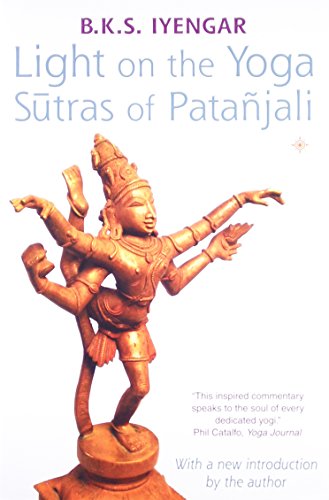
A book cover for Light on the Yoga Sutras of Patanjali; B. K. S. Iyengar; Health, Fitness & Dieting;